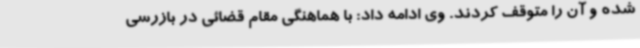
شده و آن را متوقف کردند. وی ادامه داد: با هماهنگی مقام قضائی در بازرسی